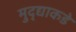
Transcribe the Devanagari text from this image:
मुद्द्याकडे